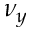
\nu _ { y }